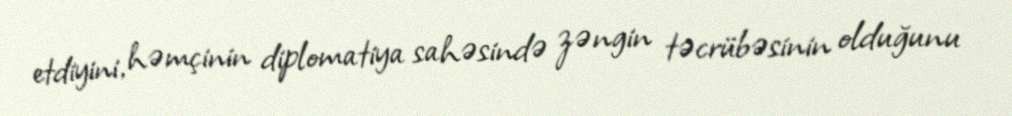
etdiyini, həmçinin diplomatiya sahəsində zəngin təcrübəsinin olduğunu